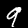
Digit: 9